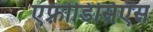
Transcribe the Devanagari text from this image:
एफ़्रोडिसिएस